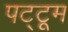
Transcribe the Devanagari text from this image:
पट्टूम